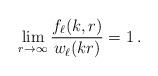
LaTeX: \begin{align*}\lim_{r\to\infty} \frac{f_\ell(k,r)}{w_\ell(kr)} = 1\,.\end{align*}